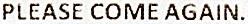
PLEASE COME AGAIN.